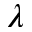
\lambda